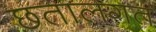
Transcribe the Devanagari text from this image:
छतालगत